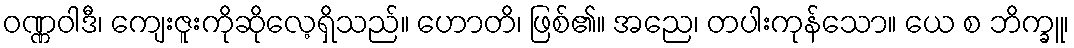
ဝဏ္ဏဝါဒီ၊ ကျေးဇူးကိုဆိုလေ့ရှိသည်။ ဟောတိ၊ ဖြစ်၏။ အညေ၊ တပါးကုန်သော။ ယေ စ ဘိက္ခူ၊